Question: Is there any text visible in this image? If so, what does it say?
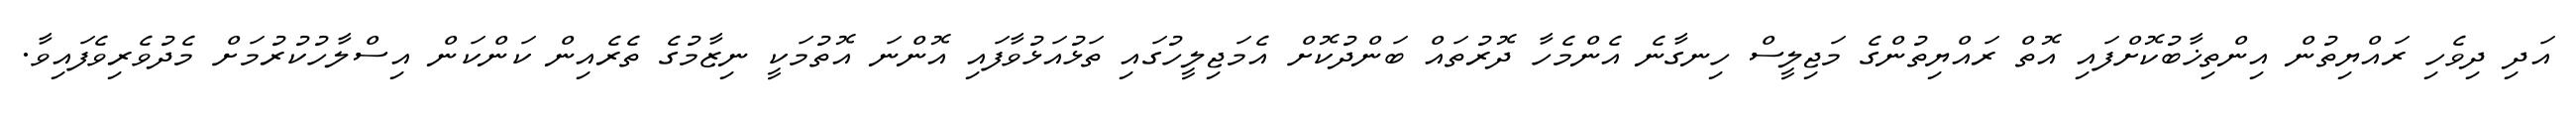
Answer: އަދި ދިވެހި ރައްޔިތުން އިންތިޚާބުކޮށްފައި އޮތް ރައްޔިތުންގެ މަޖިލީސް ހިނގާނެ އެންމެހާ ދޮރުތައް ބަންދުކޮށް އެމަޖިލީހުގައި ތަޅުއަޅުވާފައި އޮންނަ އޮތުމަކީ ނިޒާމުގެ ތެރެއިން ކަންކަން އިސްލާހުކުރުމަށް މެދުވެރިވެފައިވާ.